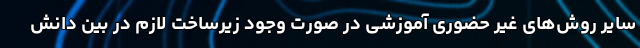
سایر روش‌‌های غیر حضوری آموزشی در صورت وجود زیرساخت لازم در بین دانش